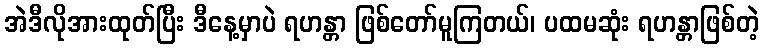
အဲဒီလိုအားထုတ်ပြီး ဒီနေ့မှာပဲ ရဟန္တာ ဖြစ်တော်မူကြတယ်၊ ပထမဆုံး ရဟန္တာဖြစ်တဲ့